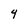
Character: 4